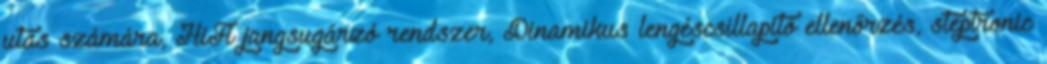
utas számára, HiFi jangsugárzó rendszer, Dinamikus lengéscsillapitó ellenőrzés, steptronic